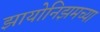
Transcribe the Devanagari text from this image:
झायोनिझमच्या